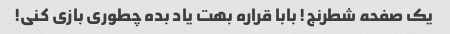
یک صفحه شطرنج! بابا قراره بهت یاد بده چطوری بازی کنی!